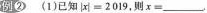
例② (1)已知$$|x|=2019$$，则$$x=___$$.